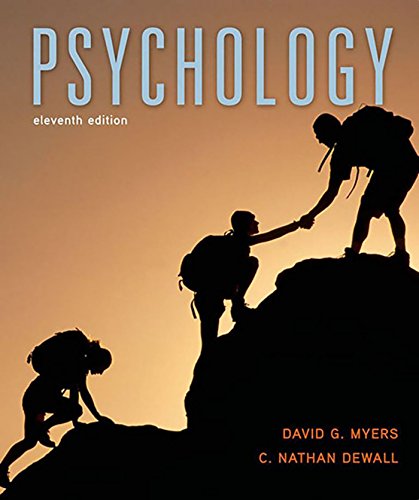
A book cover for Psychology, 11th Edition; David G. Myers; Medical Books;